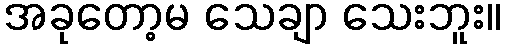
အခုတော့မ သေချာ သေးဘူး။